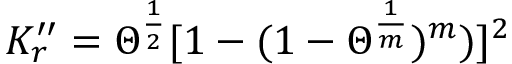
K _ { r } ^ { \prime \prime } = \Theta ^ { \frac { 1 } { 2 } } [ 1 - ( 1 - \Theta ^ { \frac { 1 } { m } } ) ^ { m } ) ] ^ { 2 }